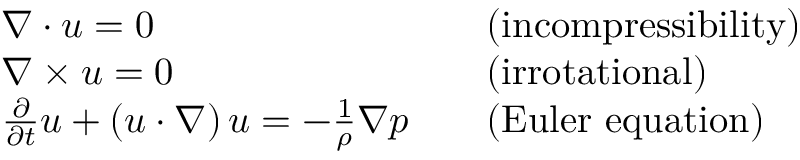
{ \begin{array} { r l r l } & { { \boldsymbol { \nabla } } \cdot { \boldsymbol { u } } = 0 } & & { { \mathrm { ( i n c o m p r e s s i b i l i t y ) } } } \\ & { { \boldsymbol { \nabla } } \times { \boldsymbol { u } } = 0 } & & { { \mathrm { ( i r r o t a t i o n a l ) } } } \\ & { { \frac { \partial } { \partial t } } { \boldsymbol { u } } + \left( { \boldsymbol { u } } \cdot { \boldsymbol { \nabla } } \right) { \boldsymbol { u } } = - { \frac { 1 } { \rho } } { \boldsymbol { \nabla } } p } & & { { \mathrm { ( E u l e r ~ e q u a t i o n ) } } } \end{array} }